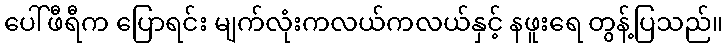
ပေါ်ဖီရီက ပြောရင်း မျက်လုံးကလယ်ကလယ်နှင့် နဖူးရေ တွန့်ပြသည်။